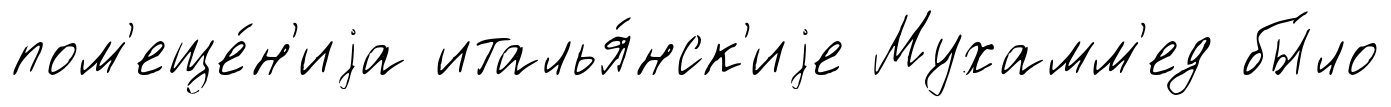
пом'еще́н'иjа италья́нск'иjе Мухамм'ед бы́ло